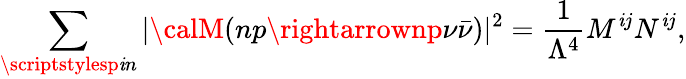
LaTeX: \sum_{\scriptstylesp\mathit{i}n}|{\calM}(np\rightarrownp\nu\bar{{\nu}})|^{2}=\frac{{1}}{{\Lambda^{4}}}M^{\mathit{i}j}N^{\mathit{i}j},